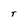
Character: T